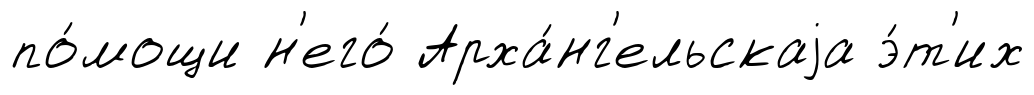
по́мощи н'его́ Арха́нг'ельскаjа э́т'их